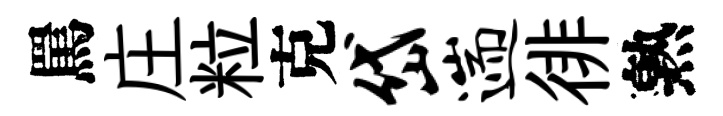
罵庄粒克岱遄徘熟